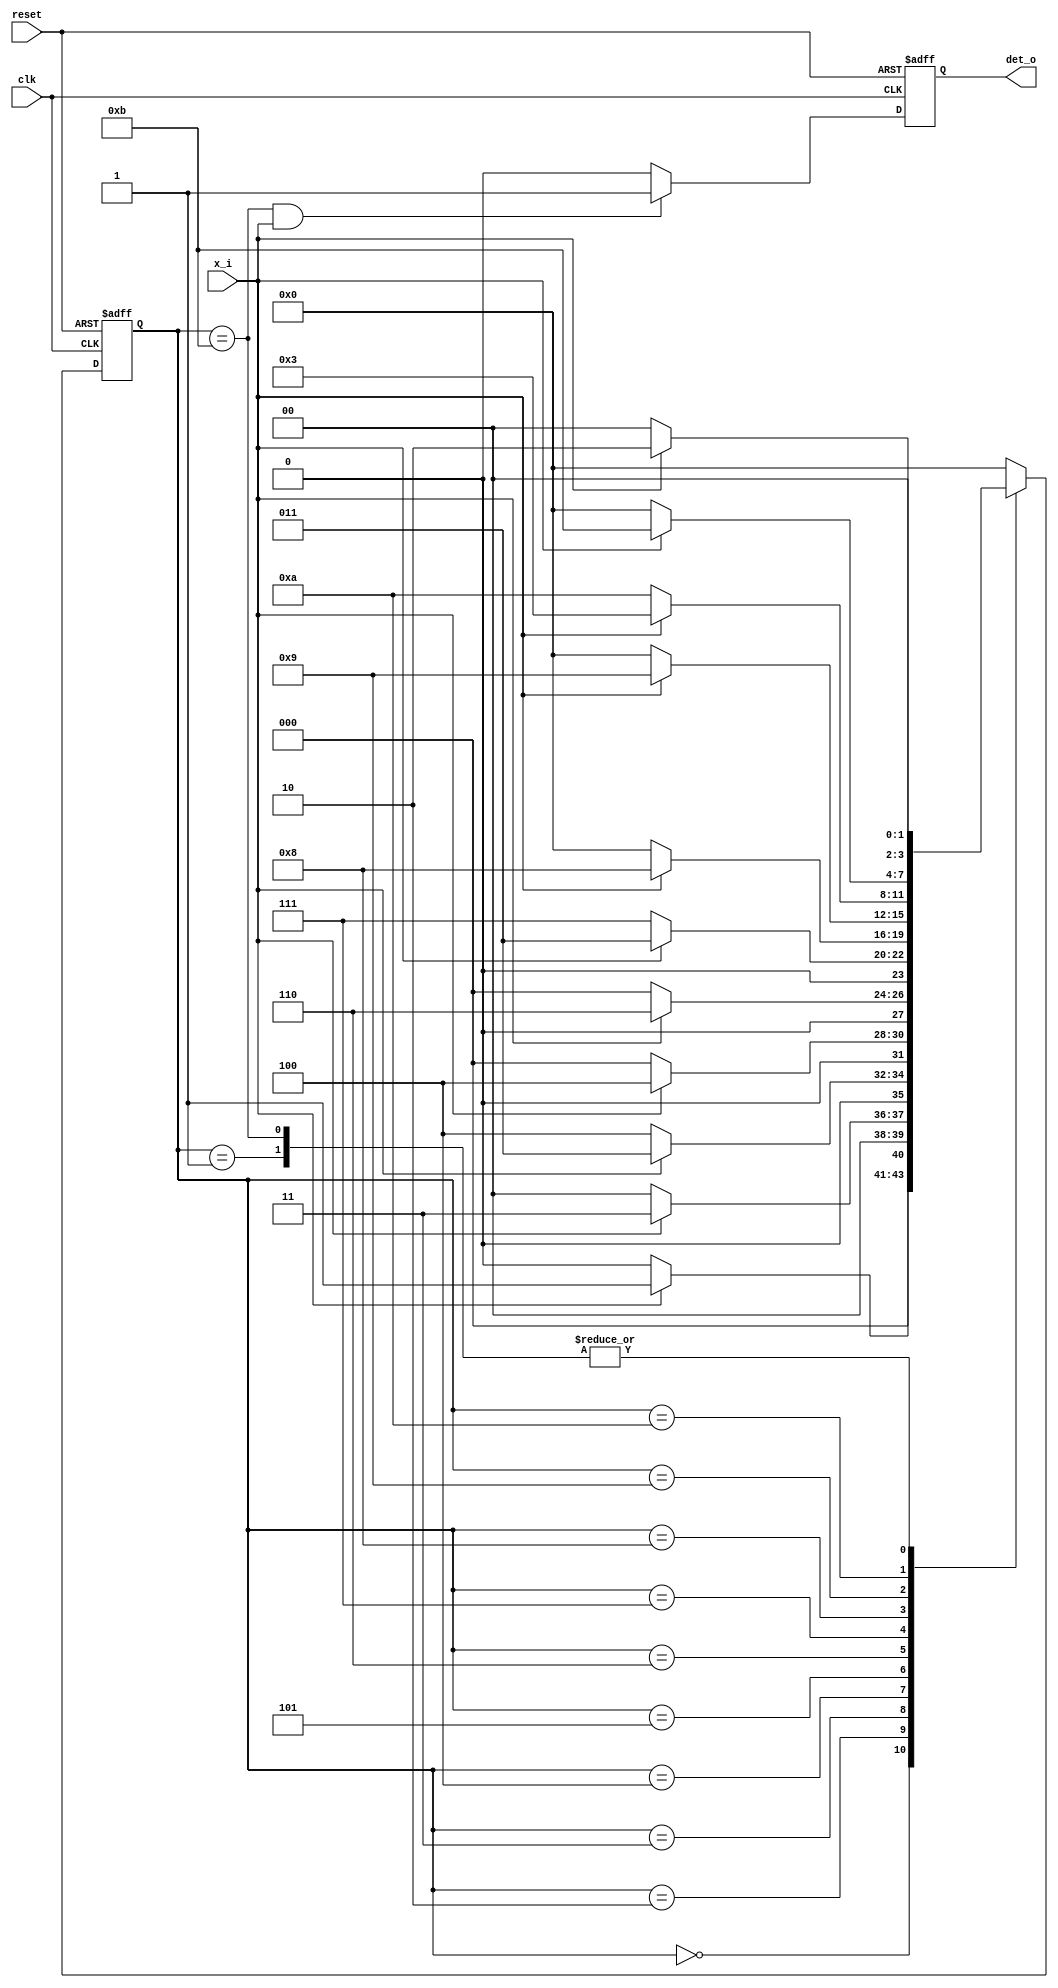
/*
// Detecting a big sequence - 1110_1101_1011
module day12 (
  input     wire        clk,
  input     wire        reset,
  input     wire        x_i,
  output    wire        det_o
);

  reg [11:0] shift;
  wire [11:0] next_reg;
  
  always@(posedge clk or posedge reset) begin
    if(reset)
      shift <= 12'h0;
    else 
      shift <= next_reg;
  end
  
  //shifting one by one to the next inp to check 
  assign next_reg = {shift[10:0], x_i};
  //output becomes true if the condition matches
  assign det_o = {shift[11:0] == 12'b1110_1101_1011};

endmodule
*/

//fsm method
module day12 (
  input wire clk,
  input wire reset,
  input wire x_i,
  output reg det_o
);

  parameter S0 = 4'b0000;
  parameter S1 = 4'b0001;
  parameter S2 = 4'b0010;
  parameter S3 = 4'b0011;
  parameter S4 = 4'b0100;
  parameter S5 = 4'b0101;
  parameter S6 = 4'b0110;
  parameter S7 = 4'b0111;
  parameter S8 = 4'b1000;
  parameter S9 = 4'b1001;
  parameter S10 = 4'b1010;
  parameter S11 = 4'b1011;
  //parameter S12 = 4'b1100;

  reg [3:0] state, next_state;

  // State transition logic
  always @(posedge clk or posedge reset) begin
    if (reset) begin
      state <= S0;
    end else begin
      state <= next_state;
    end
  end

  // Next state logic
  always @(*) begin
    case (state)
      S0: next_state <= x_i ? S1 : S0;
      S1: next_state <= x_i ? S2 : S0;
      S2: next_state <= x_i ? S3 : S0;
      S3: next_state <= x_i ? S3 : S4;
      S4: next_state <= x_i ? S4 : S0;
      S5: next_state <= x_i ? S6 : S0;
      S6: next_state <= x_i ? S3 : S7;
      S7: next_state <= x_i ? S8 : S0;
      S8: next_state <= x_i ? S9 : S0;
      S9: next_state <= x_i ? S3 : S10;
      S10: next_state <= x_i ? S11 : S0;
      S11: next_state <= x_i ? S2 : S0;
      default: next_state <= S0;
    endcase
  end

  // Output logic
  always @(posedge clk or posedge reset) begin
    if (reset) begin
      det_o <= 1'b0;
    end else begin
      if (state == S11 && x_i) begin
        det_o <= 1'b1;
      end else begin
        det_o <= 1'b0;
      end
    end
  end

endmodule